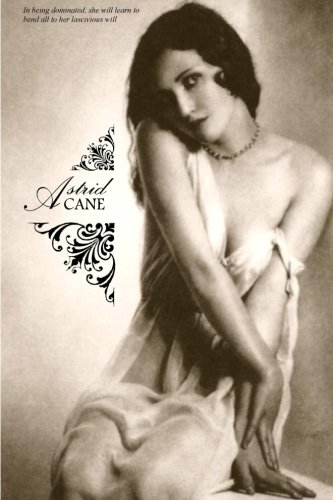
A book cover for Astrid Cane; Anonymous; Romance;